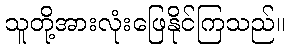
သူတို့အားလုံးဖြေနိုင်ကြသည်။